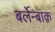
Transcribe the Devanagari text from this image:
बर्लेन्बाक़